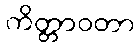
ကိတ္တာဝတာ